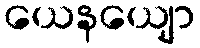
ယေနယျော